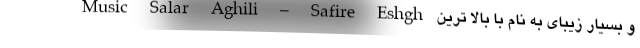
Music Salar Aghili – Safire Eshgh و بسیار زیبای به نام با بالا ترین